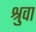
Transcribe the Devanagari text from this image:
श्रुवा